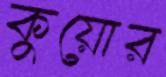
কুয়োর